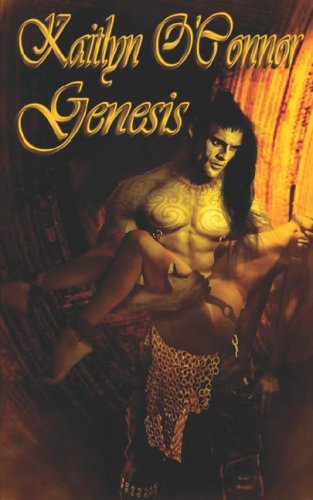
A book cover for Genesis; Kaitlyn O'Connor; Romance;